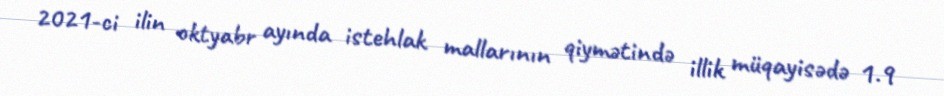
2021-ci ilin oktyabr ayında istehlak mallarının qiymətində illik müqayisədə 1.9